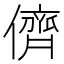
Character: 儕